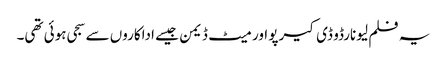
یہ فلم لیونارڈو ڈی کیرپو اور میٹ ڈیمن جیسے اداکاروں سے سجی ہوئی تھی۔